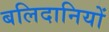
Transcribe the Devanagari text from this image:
बलिदानियों